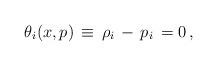
LaTeX: \begin{align*}\theta_i (x,p)\, \equiv \, \rho_i \, - \, p_i \,=0 \,,\end{align*}